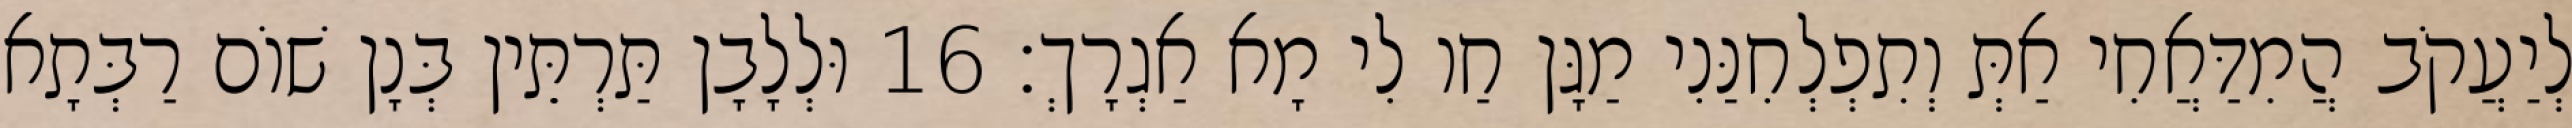
לְיַעֲקֹב הֲמִדַּאֲחִי אַתְּ וְתִפְלְחִנַּנִי מַגָּן חַו לִי מָא אַגְרָךְ׃ 16 וּלְלָבָן תַּרְתֵּין בְּנָן שׁוֹם רַבְּתָא